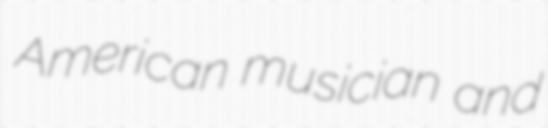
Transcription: American musician and